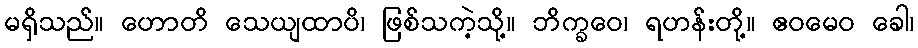
မရှိသည်။ ဟောတိ သေယျထာပိ၊ ဖြစ်သကဲ့သို့။ ဘိက္ခဝေ၊ ရဟန်းတို့။ ဧဝမေဝ ခေါ၊